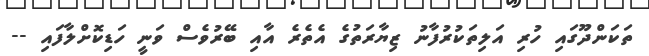
ތަކަންދޫގައި ހުރި އަލިތަކުރުފާނު ޒިޔާރަތުގެ އެތެރެ އާއި ބޭރުވެސް ވަނީ ހަޑިކޮށްލާފައި --